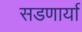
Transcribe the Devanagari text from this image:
सडणार्या